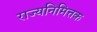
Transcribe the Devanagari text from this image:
राज्यनिमित्तक